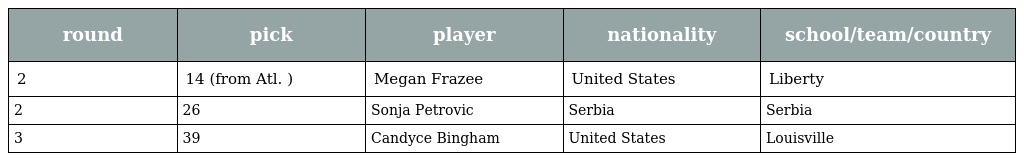
| round | pick | player | nationality | school/team/country |
 | --- | --- | --- | --- | --- |
 | 2 | 14 (from Atl. ) | Megan Frazee | United States | Liberty |
 | 2 | 26 | Sonja Petrovic | Serbia | Serbia |
 | 3 | 39 | Candyce Bingham | United States | Louisville |